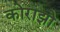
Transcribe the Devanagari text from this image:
कोराझो